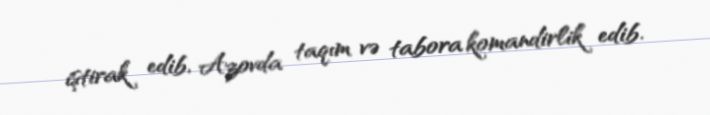
iştirak edib, Azovda taqım və tabora komandirlik edib.